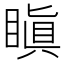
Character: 瞋